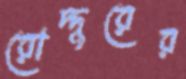
রোদ্দুরের